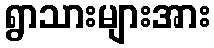
ရွာသားများအား